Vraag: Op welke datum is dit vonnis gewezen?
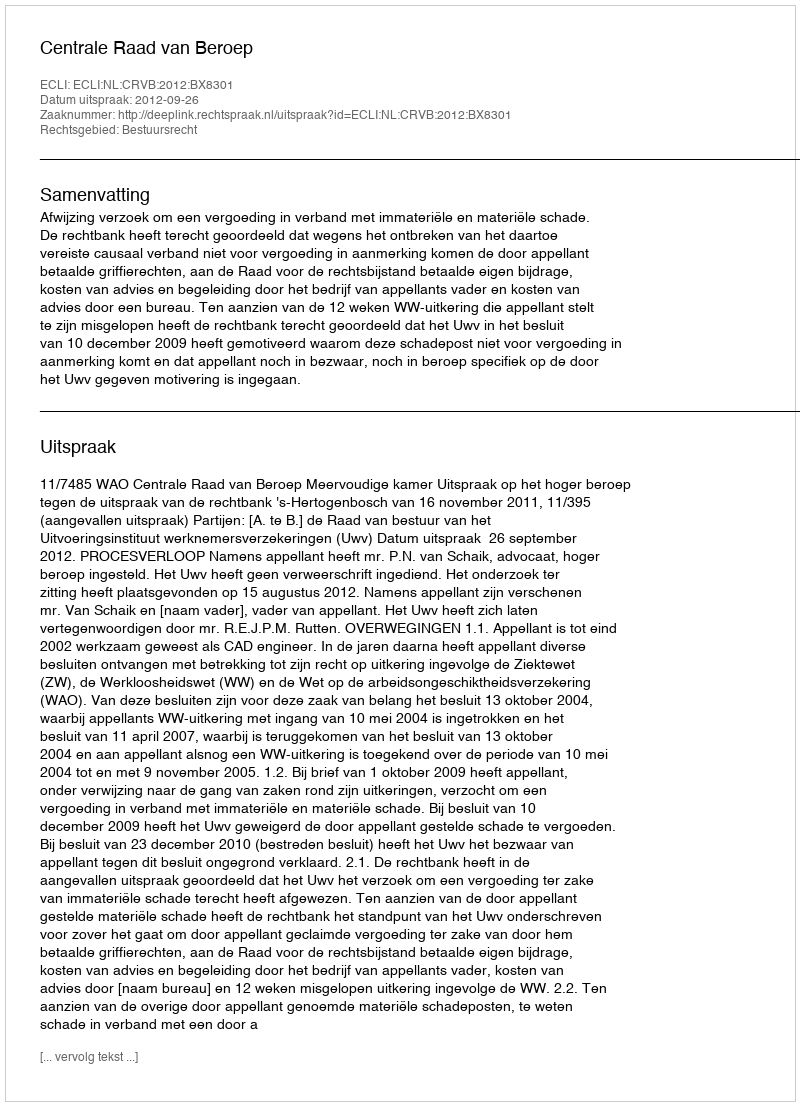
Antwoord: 2012-09-26